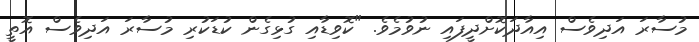
މުސާރަ އަދިވެސް އިއާދަކޮށްދީފައި ނުވުމެވެ. "ކޮވިޑާއި ގުޅިގެން ކުޑަކުރި މުސާރަ އަދިވެސް އޮތީ